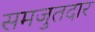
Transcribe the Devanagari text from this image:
समजुतदार